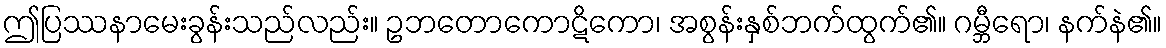
ဤပြဿနာမေးခွန်းသည်လည်း။ ဥဘတောကောဋိကော၊ အစွန်းနှစ်ဘက်ထွက်၏။ ဂမ္ဘီရော၊ နက်နဲ၏။